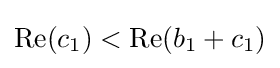
\mathrm {Re} (c_{1})<\mathrm {Re} (b_{1}+c_{1})